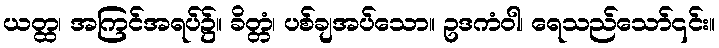
ယတ္ထ၊ အကြင်အရပ်၌။ ခိတ္တံ၊ ပစ်ချအပ်သော။ ဥဒကံဝါ၊ ရေသည်သော်၎င်း။